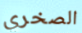
الصخري